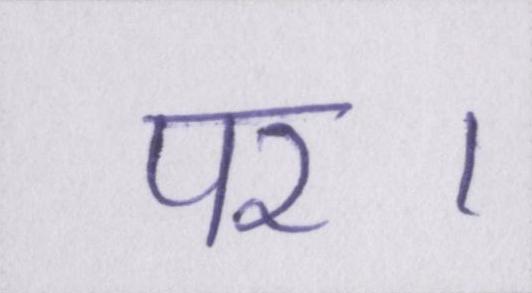
पर।